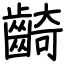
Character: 齮